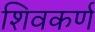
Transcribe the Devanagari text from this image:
शिवकर्ण